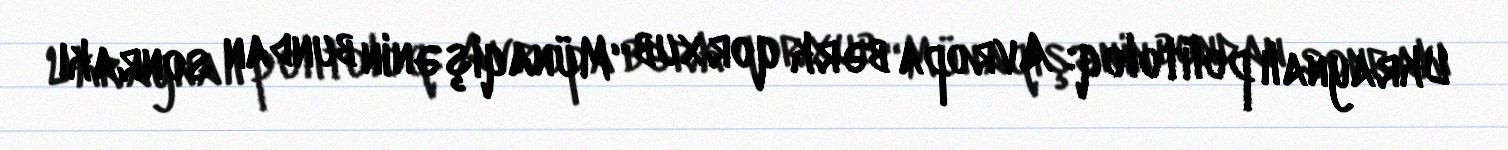
Ukraynalı politoloq: Avropa bərk qorxub “Münaqişənin bundan sonrakı